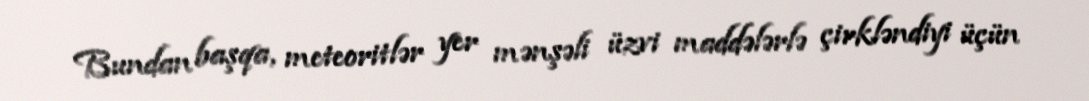
Bundan başqa, meteoritlər yer mənşəli üzvi maddələrlə çirkləndiyi üçün